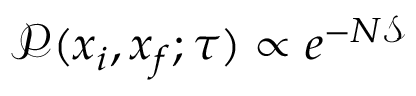
\mathcal { P } ( x _ { i } , x _ { f } ; \tau ) \propto e ^ { - N \mathcal { S } }